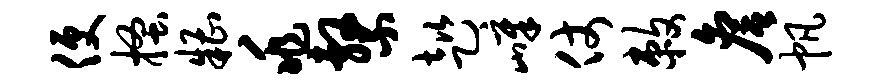
便搔糟兆系趑嶂仗敕詹帆